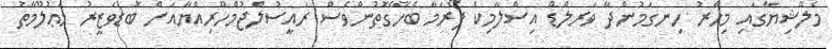
މެލޭޝިޔާގައި މިހާރު ހިނގަމުންދާ ވަރލްޑް އިސްލާމިކް ފޯރަމާ ބެހޭގޮތުންވެސް ރައީސުލްޖުމްހޫރިއްޔާއަށް ބޮޑުވަޒީރު މަޢުލޫމާތު